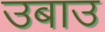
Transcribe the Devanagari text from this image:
उबाउ